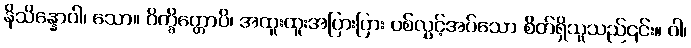
နိသိန္နောဝါ၊ သော။ ဝိက္ခိတ္တောပိ၊ အထူးထူးအပြားပြား ပစ်လွှင့်အပ်သော စိတ်ရှိသူသည်၎င်း။ ဝါ၊